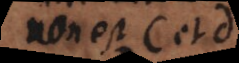
non est c et d